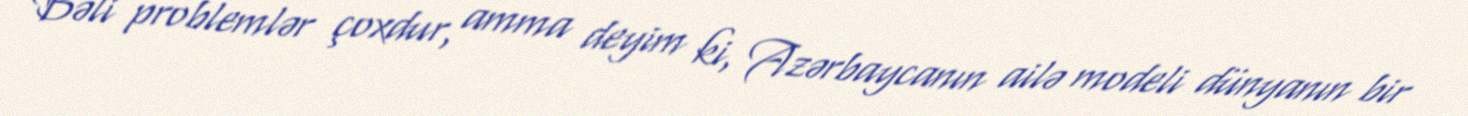
Bəli problemlər çoxdur, amma deyim ki, Azərbaycanın ailə modeli dünyanın bir